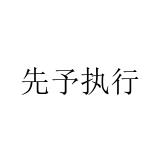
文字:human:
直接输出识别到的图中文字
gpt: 先予执行